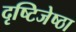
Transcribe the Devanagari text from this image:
दृष्टिजेष्ठा